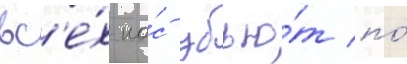
вс'е́х на́с убью́т по́